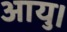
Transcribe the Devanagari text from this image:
आयु।